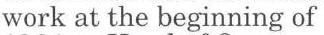
work at the beginning of